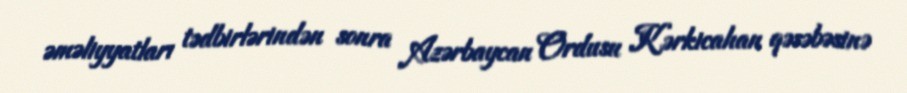
əməliyyatları tədbirlərindən sonra Azərbaycan Ordusu Kərkicahan qəsəbəsinə